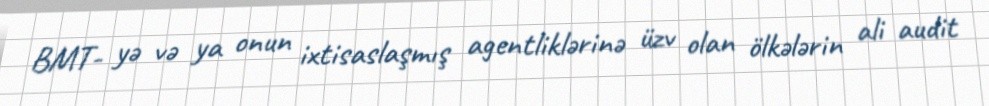
BMT- yə və ya onun ixtisaslaşmış agentliklərinə üzv olan ölkələrin ali audit